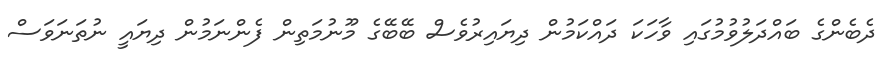
ދެބެންގެ ބައްދަލުވުމުގައި ވާހަކަ ދައްކަމުން ދިޔައިރުވެސް ބޭބޭގެ މޫނުމަތިން ފެންނަމުން ދިޔައީ ނުތަނަވަސް